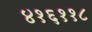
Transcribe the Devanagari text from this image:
४१६११८